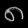
Digit: ၈